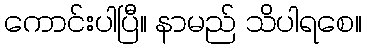
ကောင်းပါပြီ။ နာမည် သိပါရစေ။